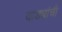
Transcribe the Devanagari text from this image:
वाड्यांची